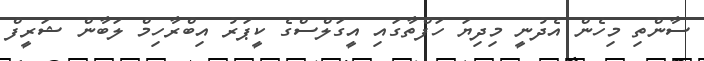
ސާންތި މިހެން އެދުނީ މިދިޔަ ހަފްތާގައި އީގަލްސްގެ ކީޕަރު އިބްރާހިމް ލަބާން ޝަރީފް